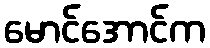
မောင်အောင်က